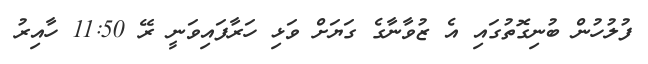
ފުލުހުން ބުނިގޮތުގައި އެ ޒުވާނާގެ ގަޔަށް ވަޅި ހަރާފައިވަނީ ރޭ 11:50 ހާއިރު